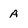
Character: A